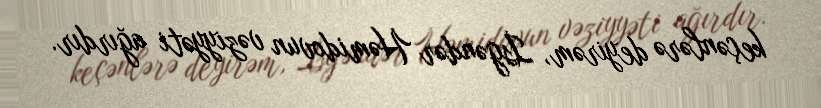
keçənlərə deyirəm, İsgəndər Həmidovun vəziyyəti ağırdır.